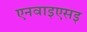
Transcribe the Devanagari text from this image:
एनवाइएसइ